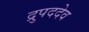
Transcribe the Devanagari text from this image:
द्रुपददेव